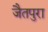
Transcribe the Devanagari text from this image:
जैतपुरा